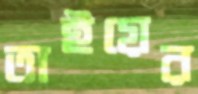
তাইয়ের